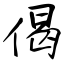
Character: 偈